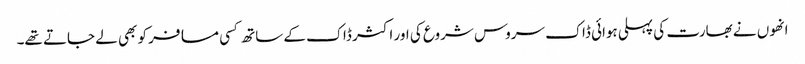
انھوں نے بھارت کی پہلی ہوائی ڈاک سروس شروع کی اور اکثر ڈاک کے ساتھ کسی مسافر کو بھی لے جاتے تھے۔